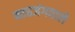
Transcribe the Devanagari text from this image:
माहजंगवाले